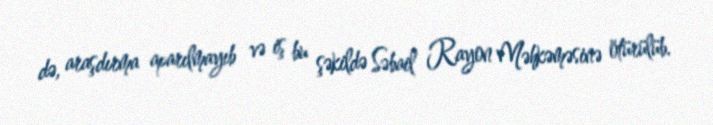
də, araşdırma aparılmayıb və iş bu şəkildə Səbail Rayon Məhkəməsinə ötürülüb.